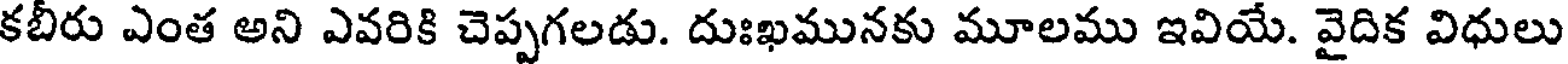
కబీరు ఎంత అని ఎవరికి చెప్పగలడు. దుఃఖమునకు మూలము ఇవియే. వైదిక విధులు